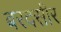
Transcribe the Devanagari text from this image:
बरदसीर